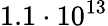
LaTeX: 1.1\cdot 10^{13}